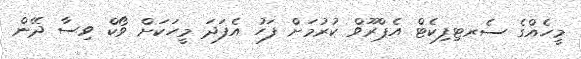
މީހެއްގެ ސެރޓިފިކެޓް އެޕްރޫވް ކުރުމަށް ފަހު އެފަދަ މީހަކަށް ވޯކް ވިސާ ދޭން